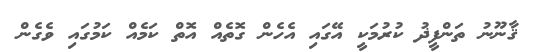
ޤާނޫނު ތަންފީޛު ކުރުމަކީ އޭގައި އެހެން ގޮތެއް އޮތް ކަމެއް ކަމުގައި ވެގެން